Medical and sanitary report of the native army of Madras for the year
Year: 1877
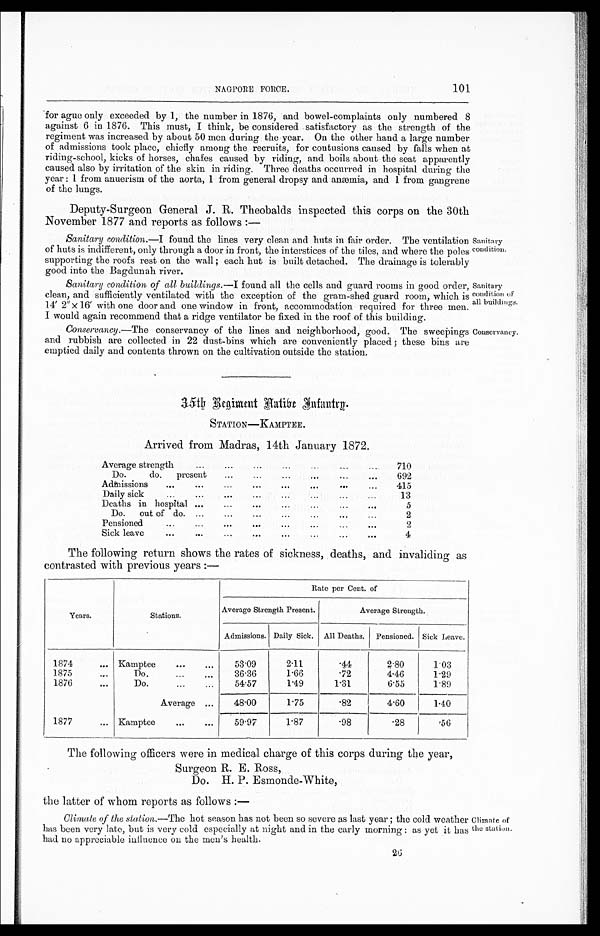
NAGPORE FORCE.
101
Sanitary
condition of
all buildings.
Conservancy.
for ague only exceeded by 1, the number in 1876, and bowel-complaints only numbered 8
against 6 in 1876. This must, I think, be considered satisfactory as the strength of the
regiment was increased by about 50 men during the year. On the other hand a large number
of admissions took place, chiefly among the recruits, for contusions caused by falls when at
riding-school, kicks of horses, chafes caused by riding, and boils about the seat apparently
caused also by irritation of the skin in riding. Three deaths occurred in hospital during the
year: 1 from anuerism of the aorta, 1 from general dropsy and anæmia, and 1 from gangrene
o f t h e l u n g s .
Deputy-Surgeon General J. R. Theobalds inspected this corps on the 30th
November 1877 and reports as follows:—
Sanitary condition.— I found the lines very clean arid huts in fair order. The ventilation
of huts is indifferent, only through a door in front, the interstices of the tiles, and where the poles
supporting the roofs rest on the wall ; each hut is built detached. The drainage is tolerably
good into the Bagdunah river.
Sanitary condition of all buildings.—I found all the cells and guard rooms in good order,
clean, and sufficiently ventilated with the exception of the gram-shed guard room, which is
14' 2" x 16' with one door and one window in front, accommodation required for three men.
I would again recommend that, a ridge ventilator be fixed in the roof of this building.
Conservancy.—The conservancy of the lines and neighborhood, good. The sweepings
and rubbish are collected in 22 dust-bins which are conveniently placed ; these bins are
emptied daily and contents thrown on the cultivation outside the station.,
Sanitary condition
condition
35th Regiment Native Infantry.
STATION—KAMPTEE.
Arrived from Madras, 14th January 1872.
Average strength
...
...
...
...
...
...
....
710
Do. do. present
...
...
...
...
...
...
692
Admissions
...
...
... ...
...
415
Daily sick
...
...
...
...
...
...
13
Deaths in hospital ...
...
...
...
5
Do. out of do. ...
...
•••
...
...
2
Pensioned
...
...
...
...
...
...
...
2
Sick leave
...
...
...
...
...
...
... ...
4
The following return shows the rates of sickness, deaths, and invaliding as
contrasted with previous years:—
Years.
Stations.
Rate per Cent. of
Average Strength Present.
Average Strength.
Admissions, Daily Sick. All Deaths.
Pensioned. Sick Leave.
1874
... Kamptee
...
...
53.09
2.11
.44
2.80
1.03
1875
...
Do.
36.36
1.66
.72
4.46
1 .2 6
1876
...
Do.
...
...
54.57
1.49
1.31
6.55
1.89
Average ...
48.00
1.75
. 8 2
4.60
1.40
1877
... Kamptee
...
...
59.97
1.87
.98
.28 .56
The following officers were in medical charge of this corps during the year,
Surgeon R. E. Ross,
Do. H. P. Esmonde-White,
the latter of whom reports as follows:—
Climate of the station.— The hot season has not been so severe as last year; the cold weather
has been very late, but is very cold especially at night and in the early morning: as yet it has
had no appreciable influence on the men's health.
Climate of
the station.
20